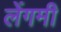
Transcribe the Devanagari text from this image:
लेंगमी